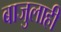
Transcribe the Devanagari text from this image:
बाजुलाही